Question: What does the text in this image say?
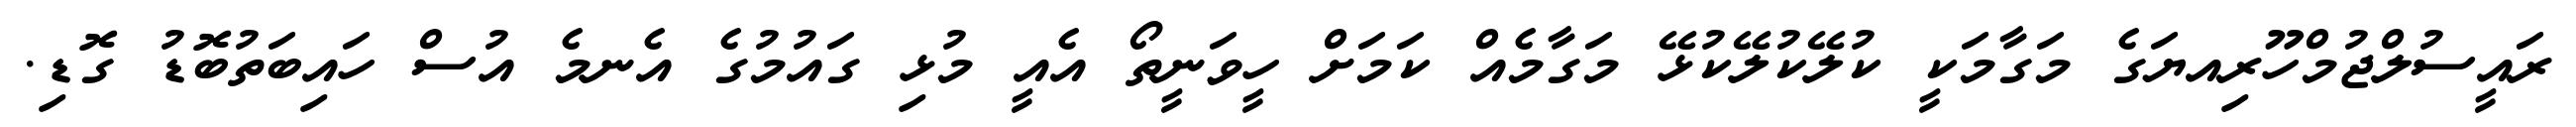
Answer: ރައީސުލްޖުމްހޫރިއޔަގެ މަގާމަކީ ކުލޭކުލޭކުޅޭ މަގާމެއް ކަމަށް ހީވަނީތޯ އެއީ މުޅި ގައުމުގެ އެނމެ އުސް ހައިބަތުބޮޑު ގޮޑި.